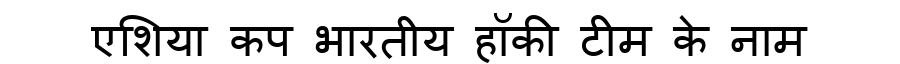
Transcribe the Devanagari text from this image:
एशिया कप भारतीय हॉकी टीम के नाम